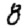
Digit: 8